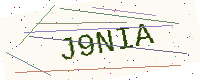
Text: J9NIA